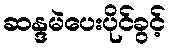
ဆန္ဒမဲပေးပိုင်ခွင့်